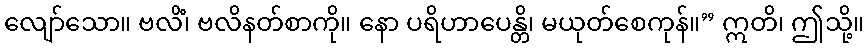
လျော်သော။ ဗလိံ၊ ဗလိနတ်စာကို။ နော ပရိဟာပေန္တိ၊ မယုတ်စေကုန်။” ဣတိ၊ ဤသို့။